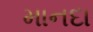
માનદા